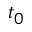
t _ { 0 }